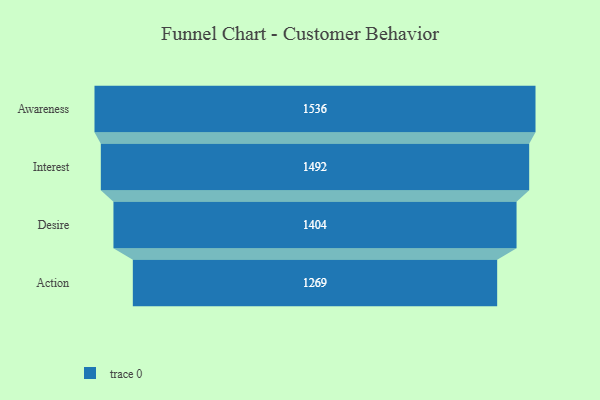
{"axis": {"x": "Stage", "y": "Value"}, "legend": [""], "data": [{"x": "Awareness", "y": 1536.0, "type": ""}, {"x": "Interest", "y": 1492.0, "type": ""}, {"x": "Desire", "y": 1404.0, "type": ""}, {"x": "Action", "y": 1269.0, "type": ""}]}